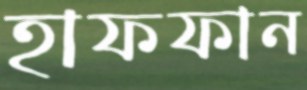
হাফফান